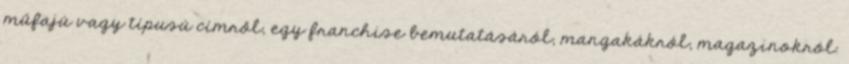
műfajú vagy típusú címről, egy franchise bemutatásáról, mangakákról, magazinokról.